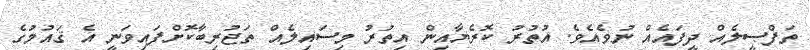
ތަފްޞީލެއް ދީފައެއް ނުވެއެވެ. އުތުރު ކޮރެޔާއިން އިތުރު މިސައިލެއް ތަޖުރިބާކޮށްފައިވަނީ އެ ޤައުމުގެ